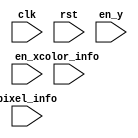
// This program was cloned from: https://github.com/lvyitian/public_personal_files
// License: Creative Commons Zero v1.0 Universal

// Dummy implementation, does nothing
module TC_DotMatrixDisplay (clk, rst, en_y, en_x, color_info, pixel_info);
    parameter UUID = 0;
    parameter NAME = "";
    input clk;
    input rst;
    input en_y;
    input en_x;
    input [31:0] color_info;
    input [63:0] pixel_info;
endmodule